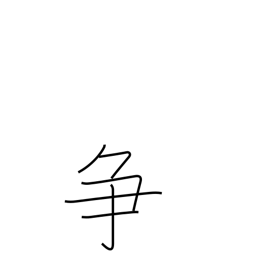
Meaning: contend